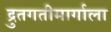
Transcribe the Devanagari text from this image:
द्रुतगतीमार्गाला